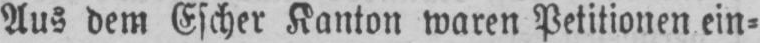
Aus dem Escher Kanton waren Petitionen ein⸗